Mental hospitals Bombay report 1921-28 - 1921-1928
Year: 1921
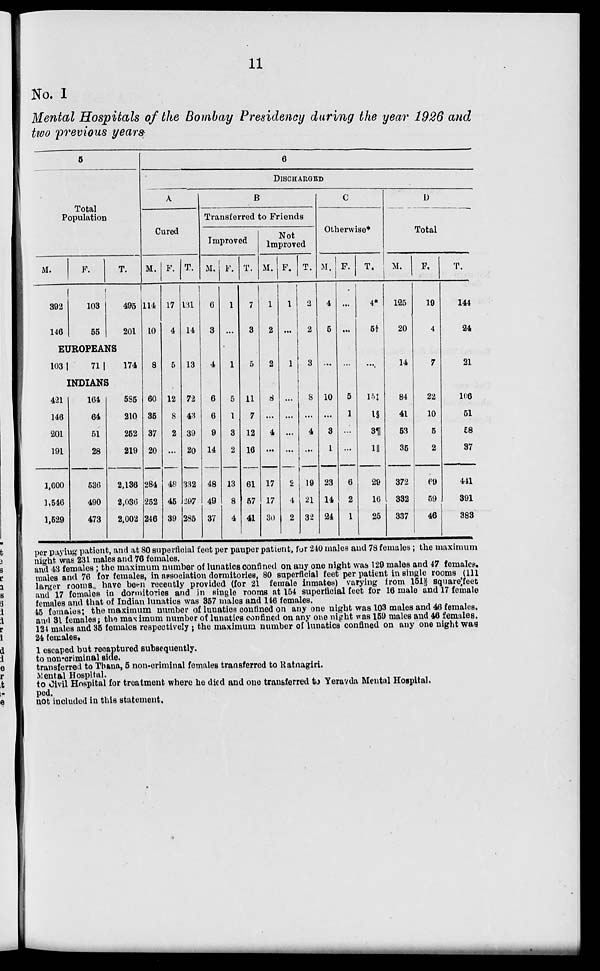
11
No. I
Mental Hospitals of the Bombay Presidency during the year 1926 and
two previous years.
5
Total
Population
M.
392
146
F.
103
55
T.
495
201
EUROPEANS
103
71
174
INDIANS
421
146
201
191
1,600
1,546
1,529
164
64
51
28
536
490
473
585
210
252
219
2,136
2,036
2,002
6
DISCHARGED
A
Cured
M.
114
10
8
60
35
37
20
284
252
246
F.
17
4
5
12
8
2
...
48
45
39
T.
131
14
13
72
43
39
20
332
297
285
B
Transferred to Friends
Improved
M.
6
3
4
6
6
9
14
48
49
37
F.
1
...
1
5
1
3
2
13
8
4
T.
7
3
5
11
7
12
16
61
57
41
Not
Improved
M.
1
2
2
8
...
4
...
17
17
30
F.
1
...
1
...
...
...
...
2
4
2
T.
2
2
3
8
...
4
...
19
21
32
C
Otherwise*
M.
4
5
...
10
...
3
1
23
14
24
F.
...
...
...
5
1
...
...
6
2
1
T.
4*
5†
...
15‡
l§
3¶
1||
29
16
25
D
Total
M.
125
20
14
84
41
53
35
372
332
337
F.
19
4
7
22
10
5
2
69
59
46
T.
144
24
21
106
51
58
37
441
391
383
per paying patient, and at 80 superficial feet per pauper patient, for 240 males and 78 females ; the maximum
night was 231 males and 76 females.
and 43 females ; the maximum number of lunatics confined on any one night was 129 males and 47 females.
males and 76 for females, in association dormitories, 80 superficial feet per patient in single rooms (111
larger rooms have been recently provided (for 21 female inmates) varying from 151⅔ square feet
and 17 females in dormitories and in single rooms at 154 superficial feet for 16 male and 17 female
females and that of Indian lunatics was 357 males and 146 females.
45 females ; the maximum number of lunatics confined on any one night was 103 males and 46 females.
and 31 females; the maximum number of lunatics confined on any one night was 159 males and 46 females.
124 males and 35 females respectively ; the maximum number of lunatics confined on any one night was
24 females.
1 escaped but recaptured subsequently.
to non-criminal side.
transferred to Thana, 5 non-criminal females transferred to Ratnagiri.
Mental Hospital.
to Civil Hospital for treatment where he died and one transferred to Yeravda Mental Hospital.
ped.
not included in this statement.